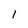
Character: I